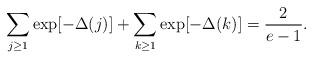
LaTeX: \begin{align*}\sum_{j\ge1}\exp[-\Delta(j)]+\sum_{k\ge1}\exp[-\Delta(k)]=\frac{2}{e-1}.\end{align*}